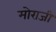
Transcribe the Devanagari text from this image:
मोराजी